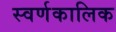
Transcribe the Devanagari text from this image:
स्वर्णकालिक